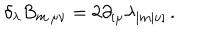
LaTeX: \delta _ { \lambda } B _ { m \, \mu \nu } = 2 \partial _ { [ \mu } \lambda _ { | m | \nu ] } \, .